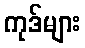
ကုဒ်များ